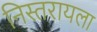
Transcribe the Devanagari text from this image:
निस्तरायला